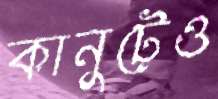
কানুটেও